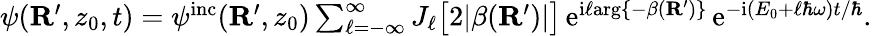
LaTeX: \begin{array}{r}{\psi({\mathbf R}^{\prime},z_{0},t)=\psi^{\mathrm{inc}}({\mathbf R}^{\prime},z_{0})\sum_{\ell=-\infty}^{\infty}J_{\ell}\big[2|\beta({\mathbf R}^{\prime})|\big]\, \mathrm{e}^{\mathrm{i}\ell\mathrm{arg}\{ -\beta({\mathbf R}^{\prime})\} }\, \mathrm{e}^{-\mathrm{i}(E_{0}+\ell\hbar\omega)t/\hbar}.}\end{array}